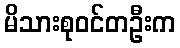
မိသားစုဝင်တဦးက